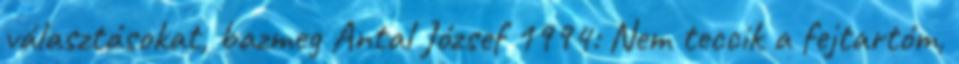
választásokat, bazmeg Antal József 1994: Nem teccik a fejtartóm,